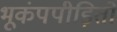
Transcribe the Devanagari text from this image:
भूकंपपीड़ितों